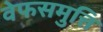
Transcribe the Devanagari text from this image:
वेफसमुत्ति